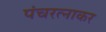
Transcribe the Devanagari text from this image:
पंचरत्नाकर